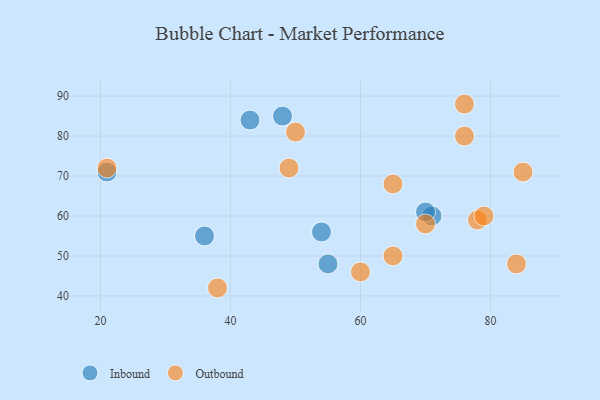
{"axis": {"x": "GDP", "y": "Life Expectancy"}, "legend": ["Inbound", "Outbound"], "data": [{"x": "43", "y": 84, "type": "Inbound"}, {"x": "55", "y": 48, "type": "Inbound"}, {"x": "21", "y": 71, "type": "Inbound"}, {"x": "36", "y": 55, "type": "Inbound"}, {"x": "48", "y": 85, "type": "Inbound"}, {"x": "71", "y": 60, "type": "Inbound"}, {"x": "54", "y": 56, "type": "Inbound"}, {"x": "70", "y": 61, "type": "Inbound"}, {"x": "21", "y": 72, "type": "Outbound"}, {"x": "70", "y": 58, "type": "Outbound"}, {"x": "78", "y": 59, "type": "Outbound"}, {"x": "60", "y": 46, "type": "Outbound"}, {"x": "76", "y": 80, "type": "Outbound"}, {"x": "76", "y": 88, "type": "Outbound"}, {"x": "65", "y": 50, "type": "Outbound"}, {"x": "85", "y": 71, "type": "Outbound"}, {"x": "49", "y": 72, "type": "Outbound"}, {"x": "65", "y": 68, "type": "Outbound"}, {"x": "84", "y": 48, "type": "Outbound"}, {"x": "38", "y": 42, "type": "Outbound"}, {"x": "50", "y": 81, "type": "Outbound"}, {"x": "79", "y": 60, "type": "Outbound"}]}